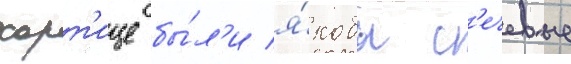
хорт'ице бы́л'и я́кобы с'ечевые